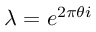
\lambda = e ^ { 2 \pi \theta i }